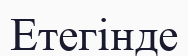
Етегінде